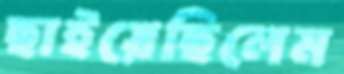
ছাইয়েছিলেম